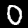
Digit: 0